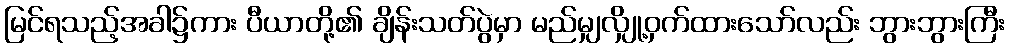
မြင်ရသည့်အခါ၌ကား ပီယာတို့၏ ချိန်းသတ်ပွဲမှာ မည်မျှလျှို့ဝှက်ထားသော်လည်း ဘွားဘွားကြီး